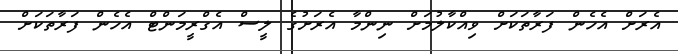
އެރަށް އެހެން ފަރާތަކަށް ވިއްކާލުމަށް ނިންމާ އެރަށުގެ ލީސް އެގްރީމަންޓް އެހެން ފަރާތަކަށް